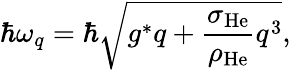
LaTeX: \hbar\omega_{q}=\hbar\sqrt{g^{\ast}q+\frac{\sigma_{\mathrm{He}}}{\rho_{\mathrm{He}}}q^{3}},